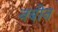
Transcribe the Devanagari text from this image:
नबीन